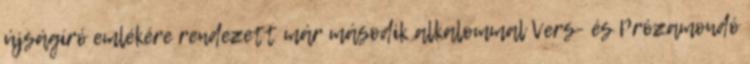
újságíró emlékére rendezett már második alkalommal Vers- és Prózamondó